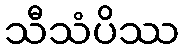
သီသံပိဿ